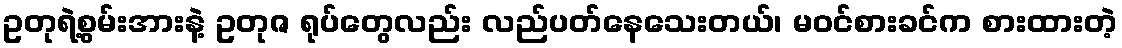
ဥတုရဲ့စွမ်းအားနဲ့ ဥတုဇ ရုပ်တွေလည်း လည်ပတ်နေသေးတယ်၊ မဝင်စားခင်က စားထားတဲ့